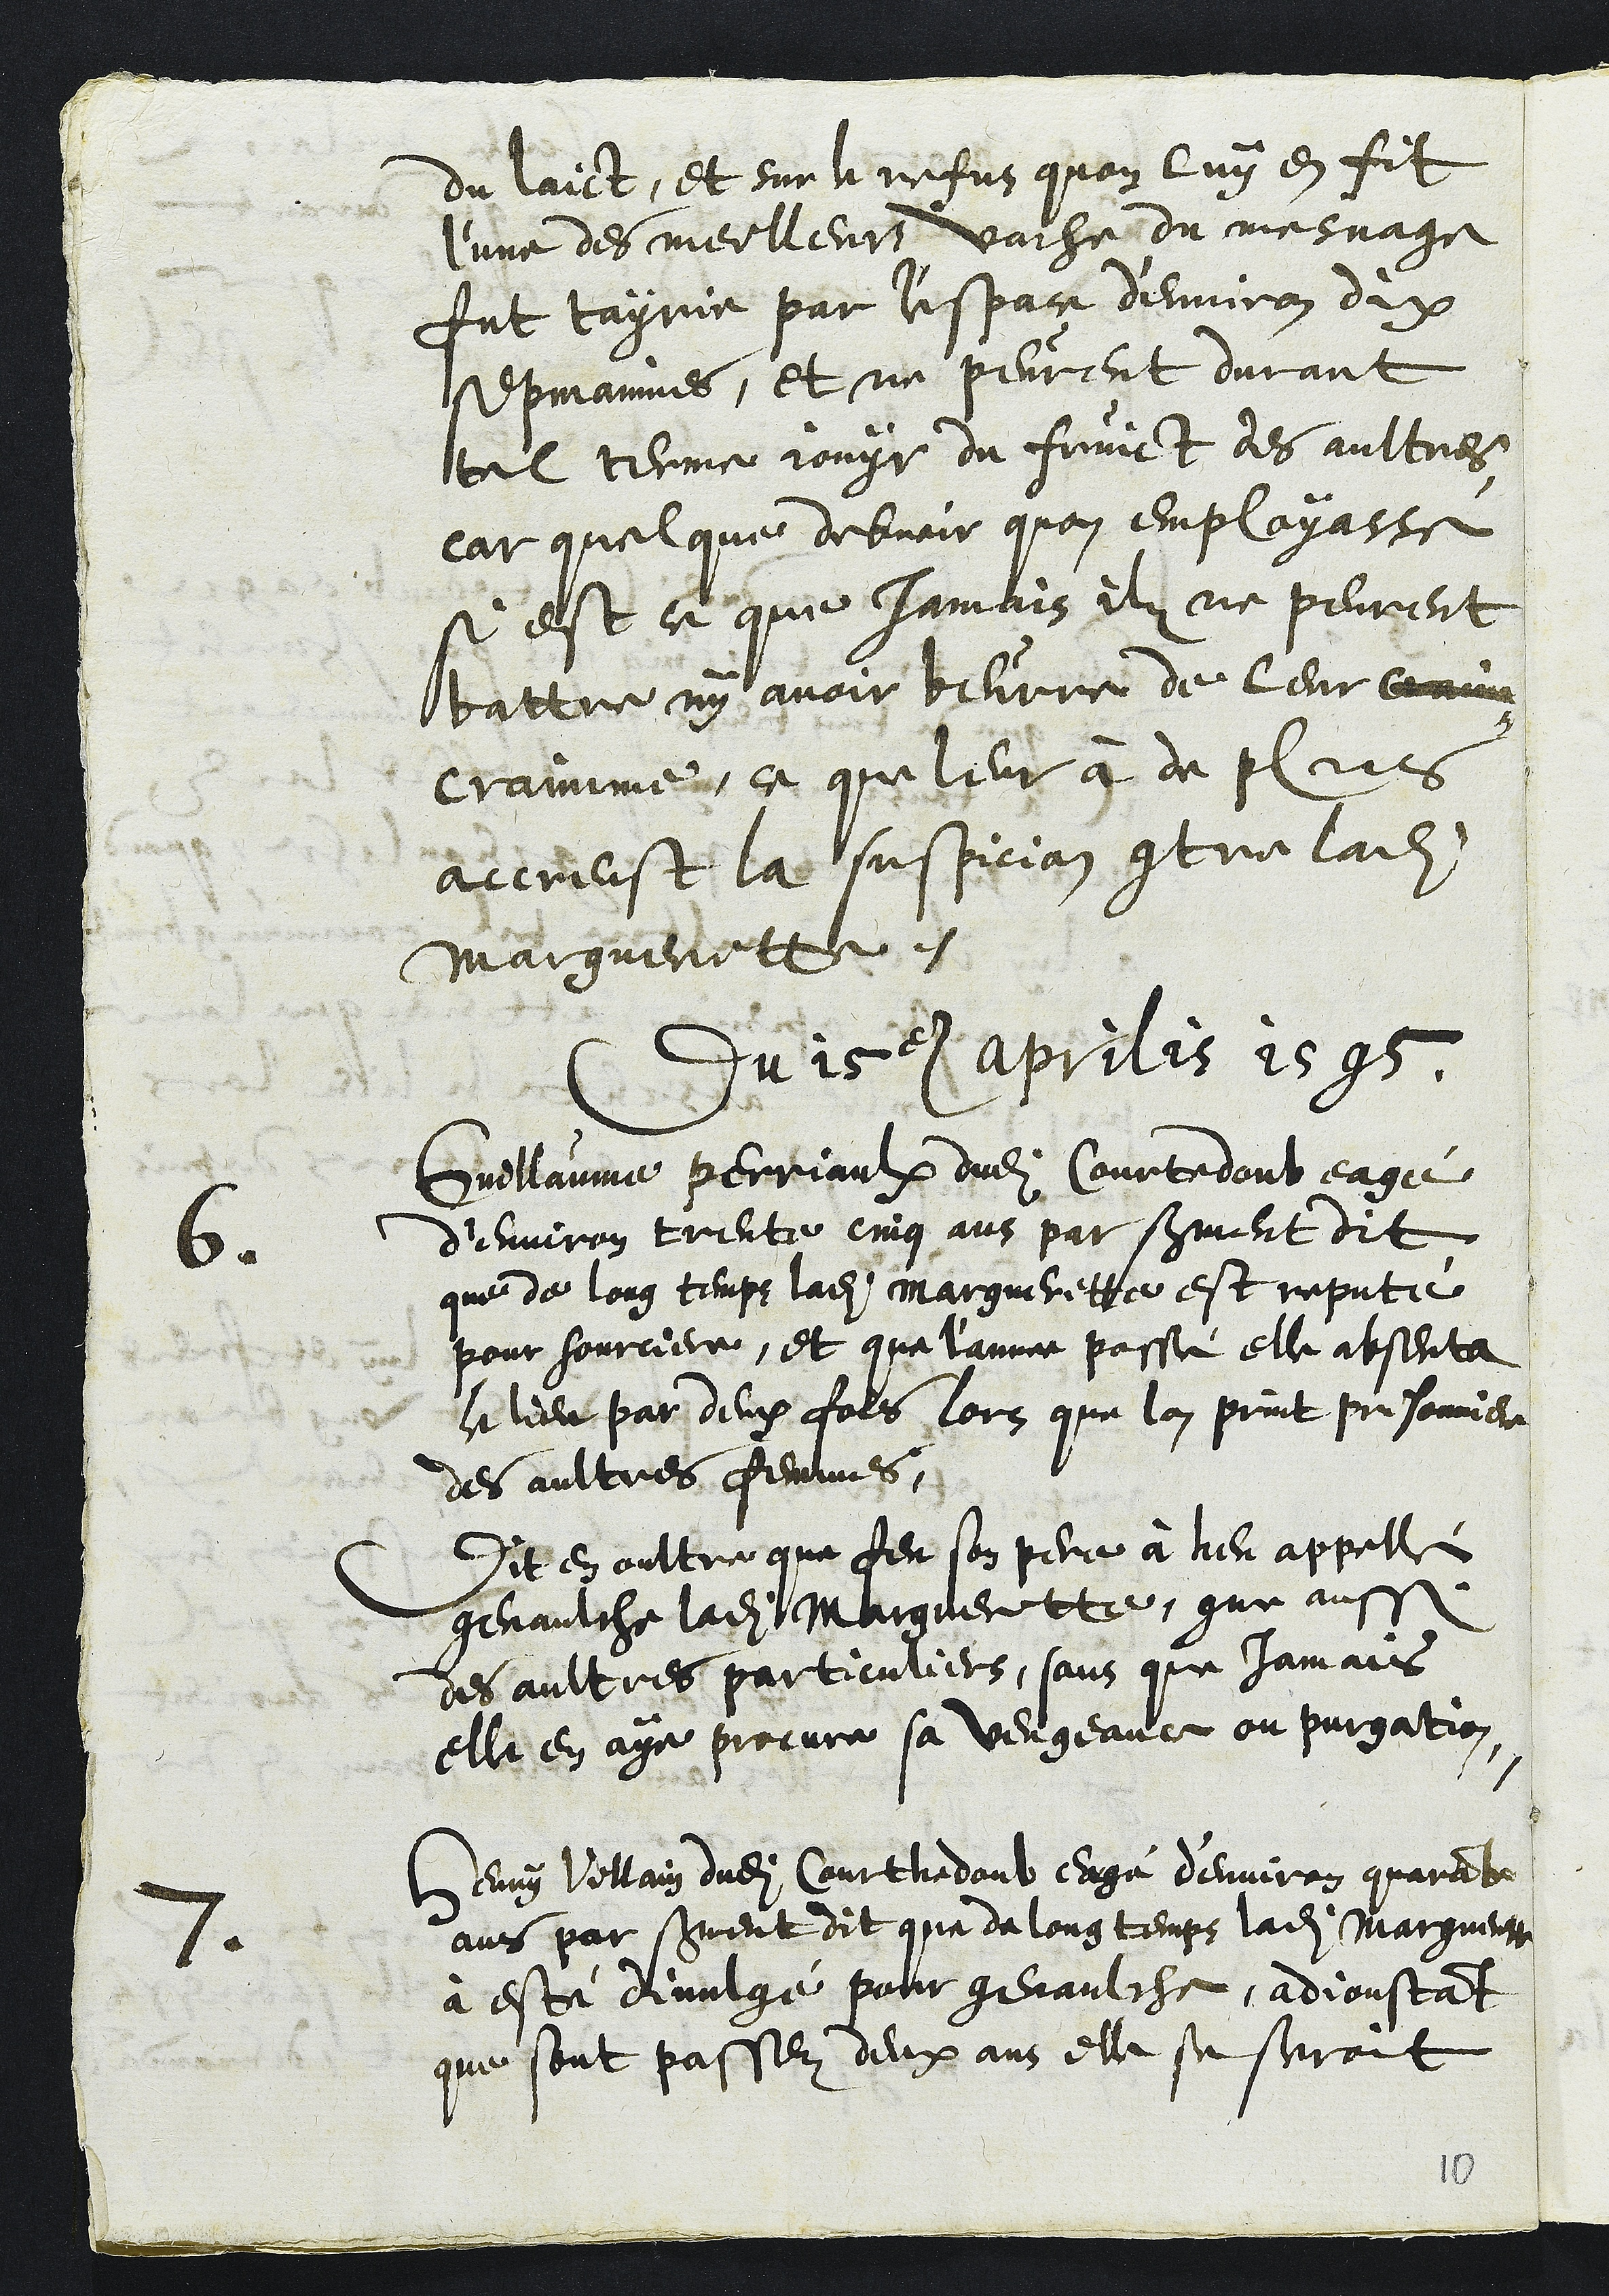
du laict, et sur le refus quon luy en fit
l'une des meilleurs vache du mesnage
fut tayrie par l'espace d'environ dix
sepmaines, et ne peurent durant
tel terme jouyr du fruict des aultres
car quelque debvoir quon employasse
si est ce que jamais ilz ne peurent
battre ny avoir beurre de leur craim
craimme, ce que leur à de plus
accreust la suspicion contre ladite
Margueritte.
Du 15e aprilis 1595
6
Guillaume Perriaulx dudit Courtedoub eagé
d’environ trente cinq ans par serment dit
que de long temps ladite Margueritte est reputé
pour sourciere, et que l'annee passé elle absenta
le lieu par deux fois lors que lon print prisonnier
des aultres femmes
Dit en oultre que feu son pere à heu appellé
genaulche ladite Margueritte, comme aussi
des aultres particuliers, sans que jamais
elle en aye procure sa vengeance ou purgation
7
Henry Villain dudit Courthedoub eagé d'environ quarante
ans par serment dit que de long temps ladite Margueritte
à esté divulgé pour genaulche, adjoustant
que sont passez deux ans elle se seroit